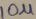
Text: 10u